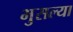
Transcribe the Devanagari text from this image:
भुसल्या